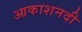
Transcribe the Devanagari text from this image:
आकाशनदी